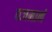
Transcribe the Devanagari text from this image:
यजमानं